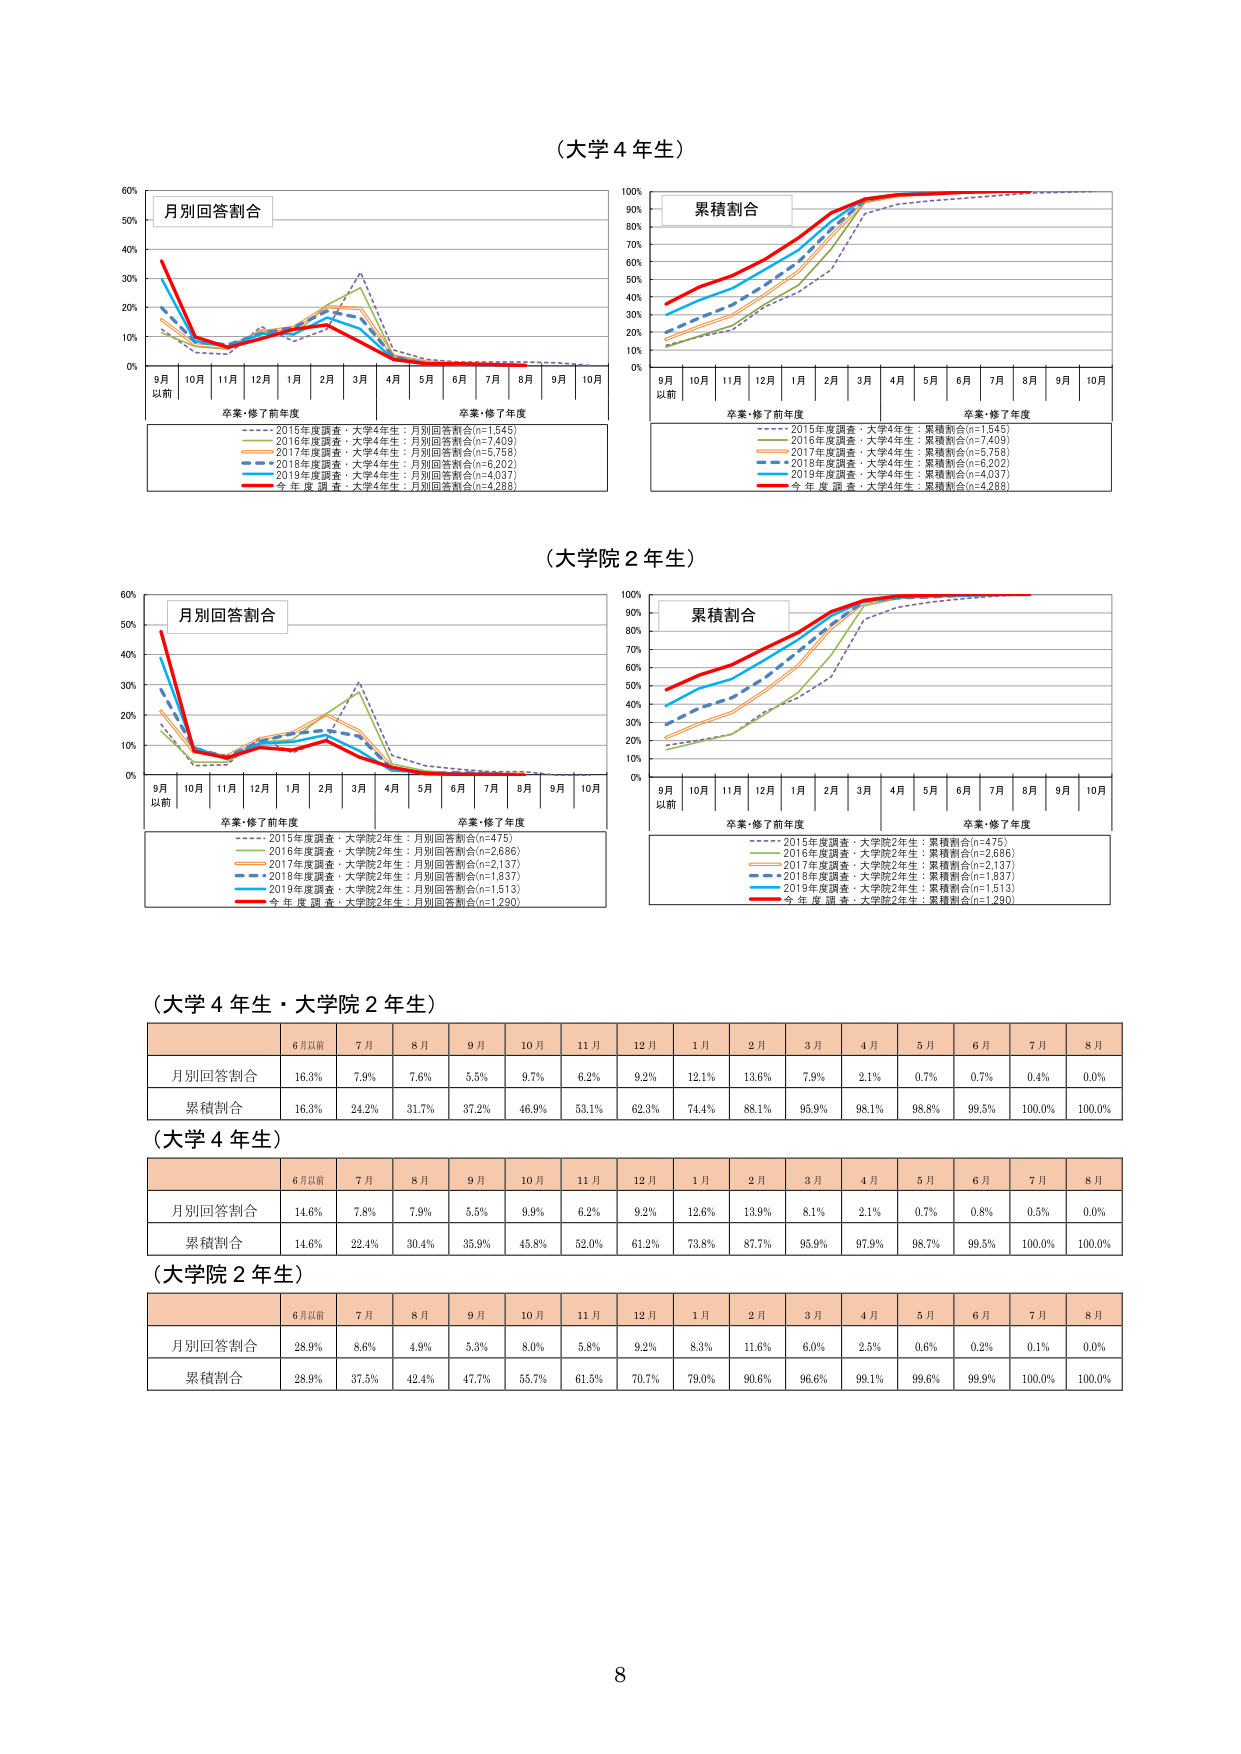
（大学４年生）

月別回答割合
9月以前 10月 11月 12月 1月 2月 3月 4月 5月 6月 7月 8月 9月 10月
卒業・修了前年度 卒業・修了年度

2015年度調査・大学4年生：月別回答割合(n=1,545)
2016年度調査・大学4年生：月別回答割合(n=7,409)
2017年度調査・大学4年生：月別回答割合(n=5,758)
2018年度調査・大学4年生：月別回答割合(n=6,202)
2019年度調査・大学4年生：月別回答割合(n=4,937)
今年度調査・大学4年生：月別回答割合(n=4,288)

累積割合
9月以前 10月 11月 12月 1月 2月 3月 4月 5月 6月 7月 8月 9月 10月
卒業・修了前年度 卒業・修了年度

2015年度調査・大学4年生：累積割合(n=1,545)
2016年度調査・大学4年生：累積割合(n=7,409)
2017年度調査・大学4年生：累積割合(n=5,758)
2018年度調査・大学4年生：累積割合(n=6,202)
2019年度調査・大学4年生：累積割合(n=4,937)
今年度調査・大学4年生：累積割合(n=4,288)

（大学院２年生）

月別回答割合
9月以前 10月 11月 12月 1月 2月 3月 4月 5月 6月 7月 8月 9月 10月
卒業・修了前年度 卒業・修了年度

2015年度調査・大学院2年生：月別回答割合(n=475)
2016年度調査・大学院2年生：月別回答割合(n=2,686)
2017年度調査・大学院2年生：月別回答割合(n=2,137)
2018年度調査・大学院2年生：月別回答割合(n=1,837)
2019年度調査・大学院2年生：月別回答割合(n=1,513)
今年度調査・大学院2年生：月別回答割合(n=1,290)

累積割合
9月以前 10月 11月 12月 1月 2月 3月 4月 5月 6月 7月 8月 9月 10月
卒業・修了前年度 卒業・修了年度

2015年度調査・大学院2年生：累積割合(n=475)
2016年度調査・大学院2年生：累積割合(n=2,686)
2017年度調査・大学院2年生：累積割合(n=2,137)
2018年度調査・大学院2年生：累積割合(n=1,837)
2019年度調査・大学院2年生：累積割合(n=1,513)
今年度調査・大学院2年生：累積割合(n=1,290)

（大学４年生・大学院２年生）

6月以前 7月 8月 9月 10月 11月 12月 1月 2月 3月 4月 5月 6月 7月 8月
月別回答割合 16.3% 7.9% 7.6% 5.5% 9.7% 6.2% 9.2% 12.1% 13.6% 7.9% 2.1% 0.7% 0.7% 0.4% 0.0%
累積割合 16.3% 24.2% 31.7% 37.2% 46.9% 53.1% 62.3% 74.4% 88.1% 95.9% 98.1% 98.8% 99.5% 100.0% 100.0%

（大学４年生）

6月以前 7月 8月 9月 10月 11月 12月 1月 2月 3月 4月 5月 6月 7月 8月
月別回答割合 14.6% 7.8% 7.9% 5.5% 9.9% 6.2% 9.2% 12.6% 13.9% 8.1% 2.1% 0.7% 0.8% 0.5% 0.0%
累積割合 14.6% 22.4% 30.4% 35.9% 45.8% 52.0% 61.2% 73.8% 87.7% 95.9% 97.9% 98.7% 99.5% 100.0% 100.0%

（大学院２年生）

6月以前 7月 8月 9月 10月 11月 12月 1月 2月 3月 4月 5月 6月 7月 8月
月別回答割合 28.9% 8.6% 4.9% 5.3% 8.0% 5.8% 9.2% 8.3% 11.6% 6.0% 2.5% 0.6% 0.2% 0.1% 0.0%
累積割合 28.9% 37.5% 42.4% 47.7% 55.7% 61.5% 70.7% 79.0% 90.6% 96.6% 99.1% 99.6% 99.9% 100.0% 100.0%

8